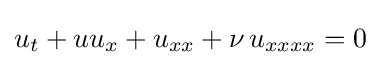
u_{t}+uu_{x}+u_{xx}+\nu \,u_{xxxx}=0